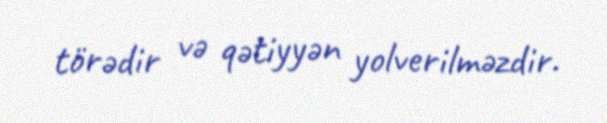
törədir və qətiyyən yolverilməzdir.